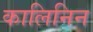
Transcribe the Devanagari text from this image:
कालिनिन